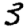
Digit: 3